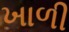
ખાળી